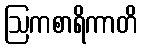
ဩကစာရိကာတိ